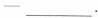
-___.